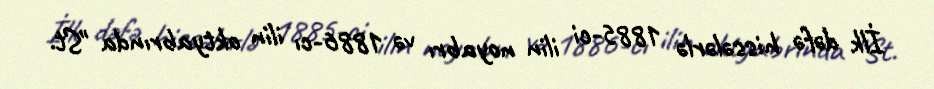
İlk dəfə hissələrlə 1885-ci ilin noyabrı və 1886-cı ilin oktyabrında "St.